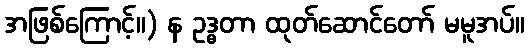
အဖြစ်ကြောင့်။) န ဥဒ္ဓတာ ထုတ်ဆောင်တော် မမူအပ်။